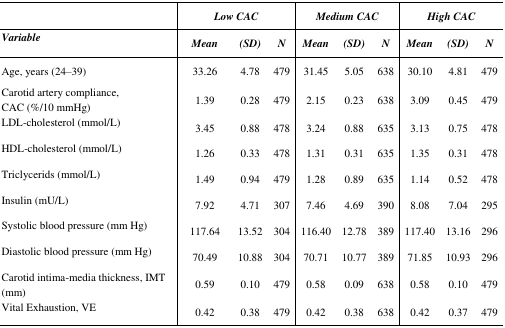
|  | <COLSPAN=3> Low CAC | <COLSPAN=3> Medium CAC | <COLSPAN=3> High CAC |
 | Variable | Mean | (SD) | N | Mean | (SD) | N | Mean | (SD) | N |
 | --- | --- | --- | --- | --- | --- | --- | --- | --- | --- |
 | Age, years (24–39) | 33.26 | 4.78 | 479 | 31.45 | 5.05 | 638 | 30.10 | 4.81 | 479 |
 | Carotid artery compliance, CAC (%/10 mmHg) | 1.39 | 0.28 | 479 | 2.15 | 0.23 | 638 | 3.09 | 0.45 | 479 |
 | LDL-cholesterol (mmol/L) | 3.45 | 0.88 | 478 | 3.24 | 0.88 | 635 | 3.13 | 0.75 | 478 |
 | HDL-cholesterol (mmol/L) | 1.26 | 0.33 | 478 | 1.31 | 0.31 | 635 | 1.35 | 0.31 | 478 |
 | Triclycerids (mmol/L) | 1.49 | 0.94 | 479 | 1.28 | 0.89 | 635 | 1.14 | 0.52 | 478 |
 | Insulin (mU/L) | 7.92 | 4.71 | 307 | 7.46 | 4.69 | 390 | 8.08 | 7.04 | 295 |
 | Systolic blood pressure (mm Hg) | 117.64 | 13.52 | 304 | 116.40 | 12.78 | 389 | 117.40 | 13.16 | 296 |
 | Diastolic blood pressure (mm Hg) | 70.49 | 10.88 | 304 | 70.71 | 10.77 | 389 | 71.85 | 10.93 | 296 |
 | Carotid intima-media thickness, IMT (mm) | 0.59 | 0.10 | 479 | 0.58 | 0.09 | 638 | 0.58 | 0.10 | 479 |
 | Vital Exhaustion, VE | 0.42 | 0.38 | 479 | 0.42 | 0.38 | 638 | 0.42 | 0.37 | 479 |